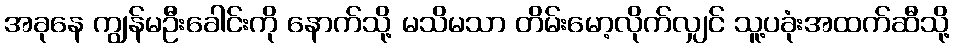
အခုနေ ကျွန်မဦးခေါင်းကို နောက်သို့ မသိမသာ တိမ်းမော့လိုက်လျှင် သူ့ပခုံးအထက်ဆီသို့